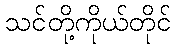
သင်တို့ကိုယ်တိုင်